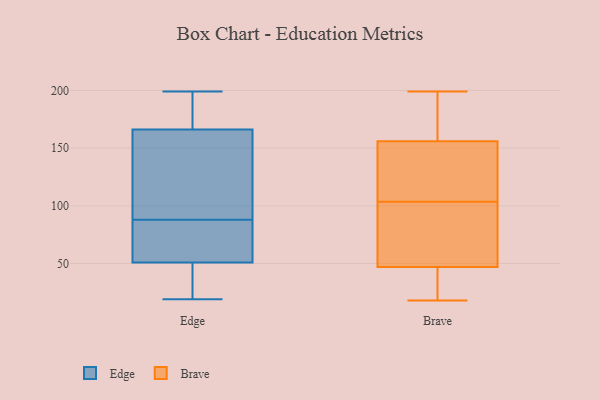
{"axis": {"x": "Energy Usage (MWh)", "y": "Value"}, "legend": ["Brave", "Edge"], "data": [{"x": "", "y": 19, "type": "Edge"}, {"x": "", "y": 90, "type": "Edge"}, {"x": "", "y": 85, "type": "Edge"}, {"x": "", "y": 173, "type": "Edge"}, {"x": "", "y": 122, "type": "Edge"}, {"x": "", "y": 86, "type": "Edge"}, {"x": "", "y": 37, "type": "Edge"}, {"x": "", "y": 38, "type": "Edge"}, {"x": "", "y": 55, "type": "Edge"}, {"x": "", "y": 159, "type": "Edge"}, {"x": "", "y": 198, "type": "Edge"}, {"x": "", "y": 199, "type": "Edge"}, {"x": "", "y": 170, "type": "Edge"}, {"x": "", "y": 21, "type": "Edge"}, {"x": "", "y": 165, "type": "Edge"}, {"x": "", "y": 68, "type": "Edge"}, {"x": "", "y": 88, "type": "Edge"}, {"x": "", "y": 53, "type": "Brave"}, {"x": "", "y": 110, "type": "Brave"}, {"x": "", "y": 18, "type": "Brave"}, {"x": "", "y": 48, "type": "Brave"}, {"x": "", "y": 166, "type": "Brave"}, {"x": "", "y": 146, "type": "Brave"}, {"x": "", "y": 105, "type": "Brave"}, {"x": "", "y": 46, "type": "Brave"}, {"x": "", "y": 95, "type": "Brave"}, {"x": "", "y": 199, "type": "Brave"}, {"x": "", "y": 22, "type": "Brave"}, {"x": "", "y": 126, "type": "Brave"}, {"x": "", "y": 102, "type": "Brave"}, {"x": "", "y": 176, "type": "Brave"}, {"x": "", "y": 22, "type": "Brave"}, {"x": "", "y": 90, "type": "Brave"}, {"x": "", "y": 183, "type": "Brave"}, {"x": "", "y": 129, "type": "Brave"}, {"x": "", "y": 172, "type": "Brave"}, {"x": "", "y": 25, "type": "Brave"}]}